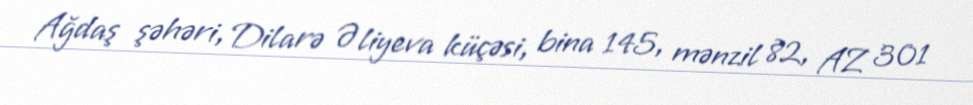
Ağdaş şəhəri, Dilarə Əliyeva küçəsi, bina 145, mənzil 82, AZ 301